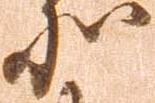
北